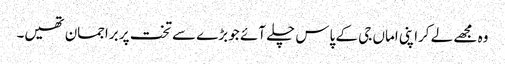
وہ مجھے لے کراپنی اماں جی کے پاس چلے آئے جو بڑے سے تخت پر براجمان تھیں۔